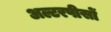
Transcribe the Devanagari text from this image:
अल्टरपीसों